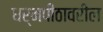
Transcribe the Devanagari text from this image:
धर्मपीठावरील